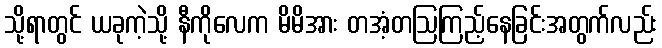
သို့ရာတွင် ယခုကဲ့သို့ နီကိုလေက မိမိအား တအံ့တဩကြည့်နေခြင်းအတွက်လည်း